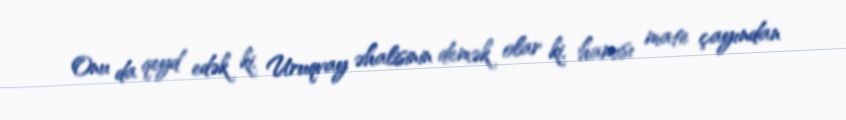
Onu da qeyd edək ki, Uruqvay əhalisinin demək olar ki, hamısı mate çayından